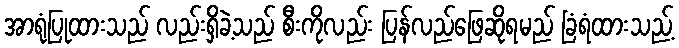
အာရုံပြုထားသည် လည်းရှိခဲ့သည် စီးကိုလည်း ပြန်လည်ဖြေဆိုရမည် ခြံရံထားသည့်